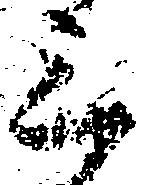
三